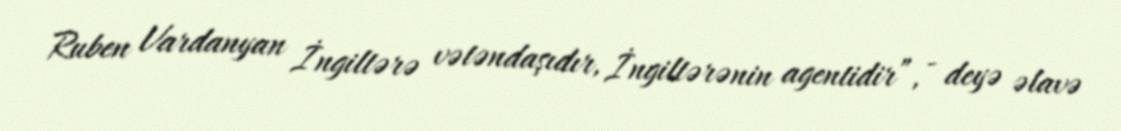
Ruben Vardanyan İngiltərə vətəndaşıdır, İngiltərənin agentidir”, - deyə əlavə